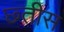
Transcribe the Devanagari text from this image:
छ्तीस